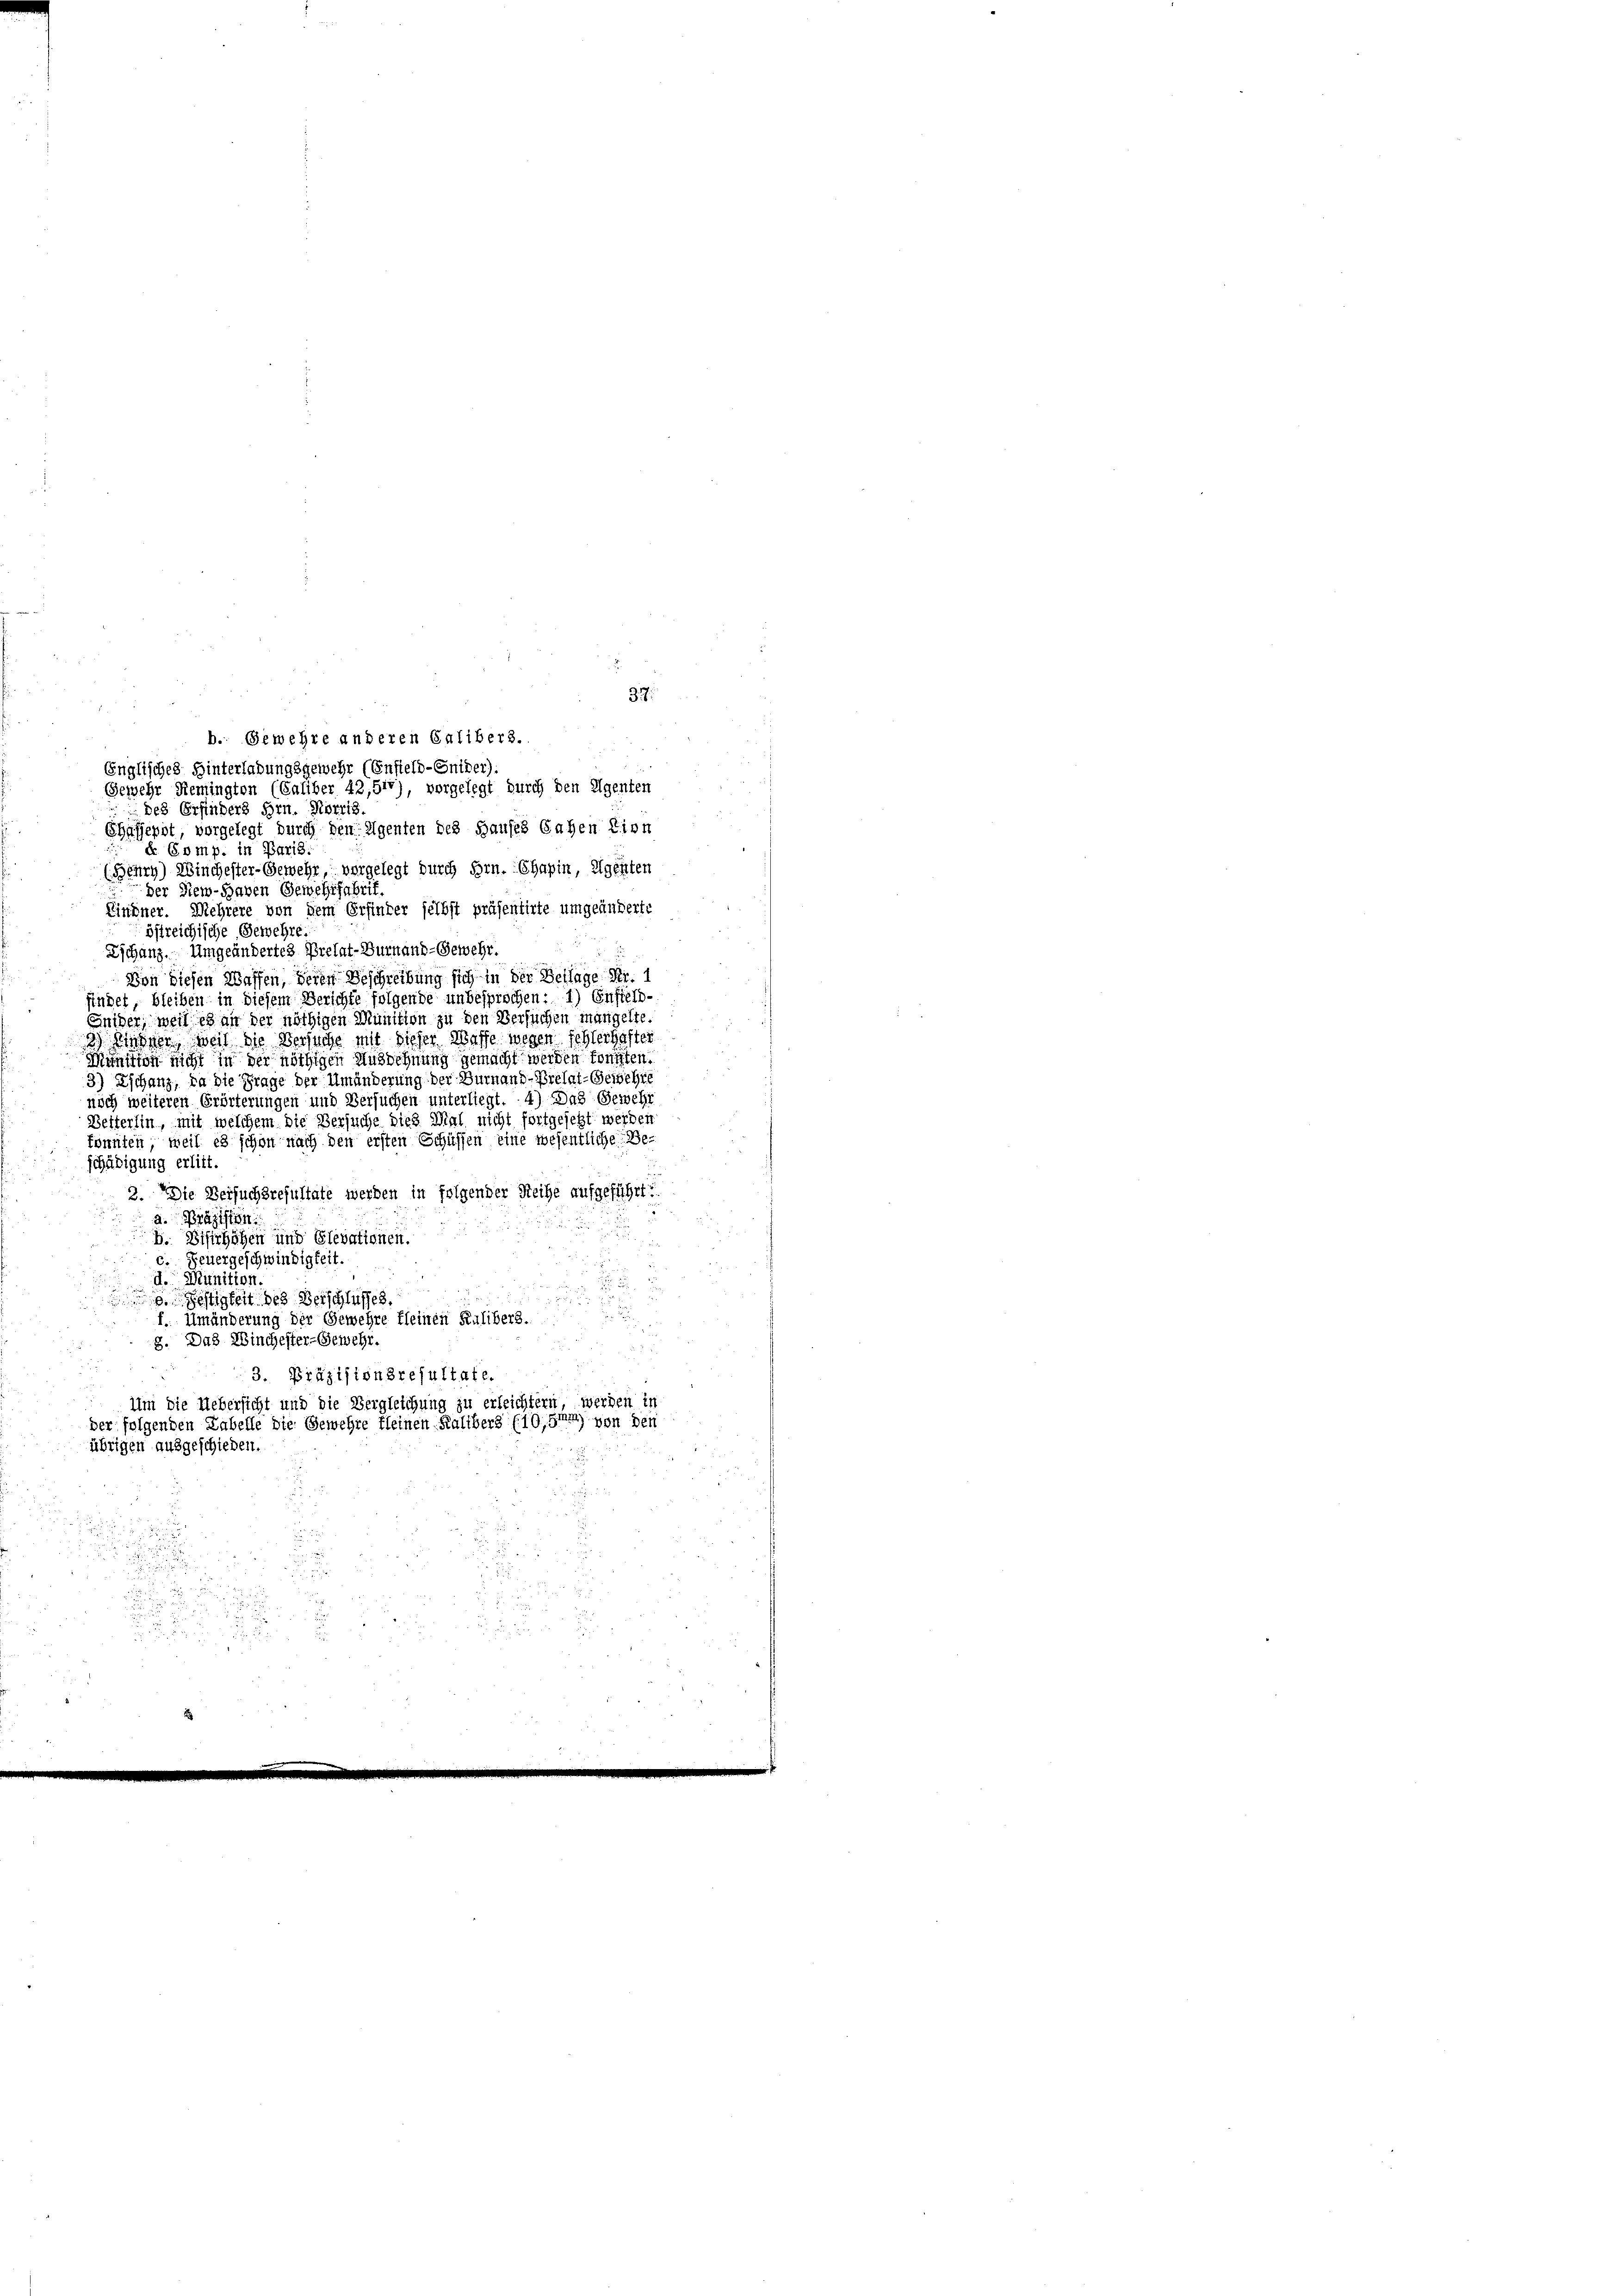
Gewehr Remingten (Caliber 42,510), vorgelegt durch den Eigenten
des Erfinders Hrn. Korris
Chäffepit, vorgelegt durch den Eigenten des Hauses Sahen Einn
de Comp. in Paris.
(Behry) Winchester-Gewehr, vorgelegt durch Hrn. Chapin, Eigenten
der Siew-Haven Gewehrfabrif.
Lindner. Mehrere von dem Erfinder selbst präsentirte umgeänderte
östreichische Gewehre
Tschanz. Umgeändertes Prelat-Durnaud-Gewehr.
Von diesen Waffen, deren Beschreibung sich in der Beilage Fr. 1
findet, bleiben in diesem Berichte folgende unbesprochen: 1) Enfield-
Einiger, weil es an der nöthigen Munition zu den Versuchen mangelte.
3) Niessen, weil die Versuche mit dieser Waffe wegen fehlerhafter
Minition nicht in der nöthigen Ausdehnung gemacht werden könnten
3) Eschanz, da die Frage der Umänderung der Durnand-Prelat-Geschie
noch weiteren Erörterungen und Versuchen unterliegt. 4) Das Gewehr
Betterlin, mit welchem die Versuche dies Mal nicht fortgesetzt werden
könnten weil es schon nach den ersten Schüssen eine wesentliche Be-
schädigung erlitt.
3. Die Versuchsresultate werden in folgender Reihe aufgeführt:
d. Pragisten

.
2
B. Bisirhöhen und Glevationen.
c. Feuergeschwindigkeit.
d. Munition.

e. Festigkeit des Verschlusses.
d
f. Umänderung der Gewehre kleinen Kalibers.

8. Das Winchester-Gewehr.
 f 8 x
3. Präzisionsresultate.
Um die Uebersicht und die Vergleichung zu erleichtern, werden in
der folgenden Labelle die Gewehre fleinen Kalibers (10,51) von den
übrigen ausgeschieden.
u

b. Gewehre anderen Calibers.
Englisches Hinterladungsgewehr (Enfield-Sniker).

37.